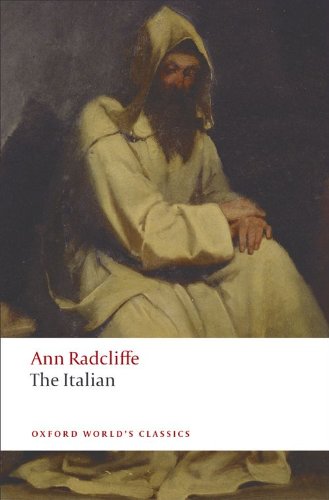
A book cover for The Italian (Oxford World's Classics); Ann Radcliffe; Literature & Fiction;